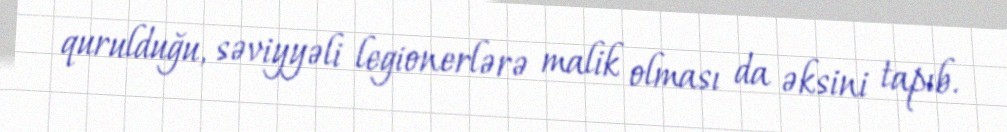
qurulduğu, səviyyəli legionerlərə malik olması da əksini tapıb.